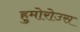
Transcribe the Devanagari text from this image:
हुमोरोउस